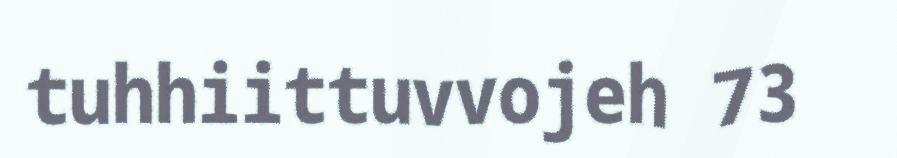
tuhhiittuvvojeh 73